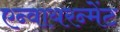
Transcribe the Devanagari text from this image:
एन्वायरन्मेंट